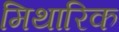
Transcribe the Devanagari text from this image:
मिथारिक